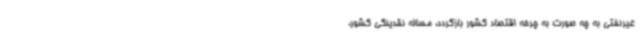
غیرنفتی به چه صورت به چرخه اقتصاد کشور بازگردد، مساله نقدینگی کشور،